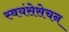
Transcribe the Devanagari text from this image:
स्वयंसेसेचन